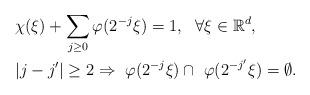
LaTeX: \begin{align*}&\chi(\xi)+\sum_{j\geq0}\varphi(2^{-j}\xi)=1,~~\forall \xi\in\mathbb{R}^d,\\&|j-j'|\geq2\Rightarrow ~\varphi(2^{-j}\xi)\cap ~\varphi(2^{-j'}\xi)=\emptyset.\end{align*}